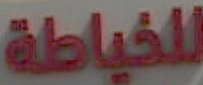
للخياطة